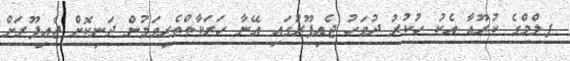
ފލްމްގެ ކުރޫއާ އެކު ހުކުރު ދުވަހު ޖެއިޕޫރުގައި އޭނާ ހަރަކާތްތެރިވަމުން ދަނިކޮށް ޖެއިޕޫރަށް